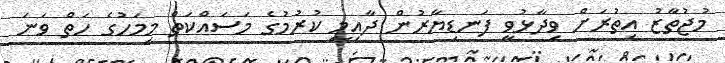
މުޖުތާޒު އިތުރަށް ވިދާޅުވީ ފަނޑިޔާރުން ދާއިމީ ކުރުމުގެ މަސައްކަތް މިމަހުގެ ހަތް ވަނަ